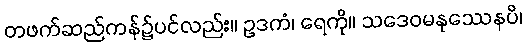
တဖက်ဆည်ကန်၌ပင်လည်း။ ဥဒကံ၊ ရေကို။ သဒေဝမနုဿေနပိ၊